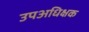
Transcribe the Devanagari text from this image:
उपअधिक्षक